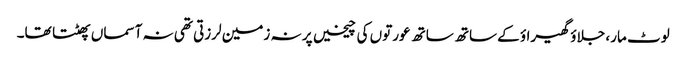
لوٹ مار، جلاؤ گھیراؤ کے ساتھ ساتھ عورتوں کی چیخیں پر نہ زمین لرزتی تھی نہ آسماں پھٹتا تھا۔